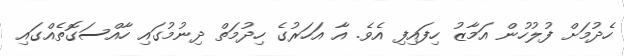
ހެދުމަށް ފުލުހުން އަމާޒު ހިފައިފި އެވެ. އާ އަހަރުގެ ހިދުމަތް ދިނުމުގައި ހާއްސަގޮތެއްގައި